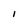
Character: I